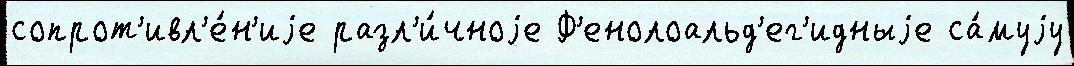
сопрот'ивл'е́н'иjе разл'и́чноjе Ф'енолоальд'ег'идныjе са́муjу